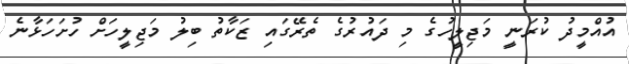
އުއްމީދު ކުރަނީ މަޖިލީހުގެ މި ދައުރުގެ ތެރޭގައި ޒަކާތު ބިލު މަޖިލީހަށް ހުށަހަޅާނެ